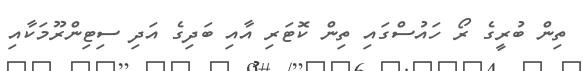
ތިން ބުރީގެ ރޯ ހައުސްގައި ތިން ކޮޓަރި އާއި ބަދިގެ އަދި ސިޓިންރޫމަކާއި